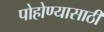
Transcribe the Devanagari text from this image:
पोहोण्यासाठी